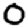
Digit: 0